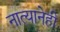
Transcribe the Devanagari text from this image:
नात्यानेही